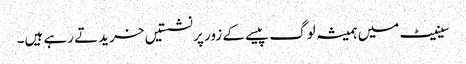
سینیٹ میں ہمیشہ لوگ پیسے کے زور پر نشستیں خریدتے رہے ہیں۔